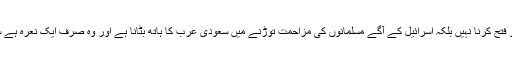
چنانچہ اس فرقے کا مقصد سعودی عرب کو فتح کرنا نہیں بلکہ اسرائیل کے آگے مسلمانوں کی مزاحمت توڑنے میں سعودی عرب کا ہاتھ بٹانا ہے اور وہ صرف ایک نعرہ ہے سادہ دل شیعہ نوجوانوں کو بہلانے کے لئے۔